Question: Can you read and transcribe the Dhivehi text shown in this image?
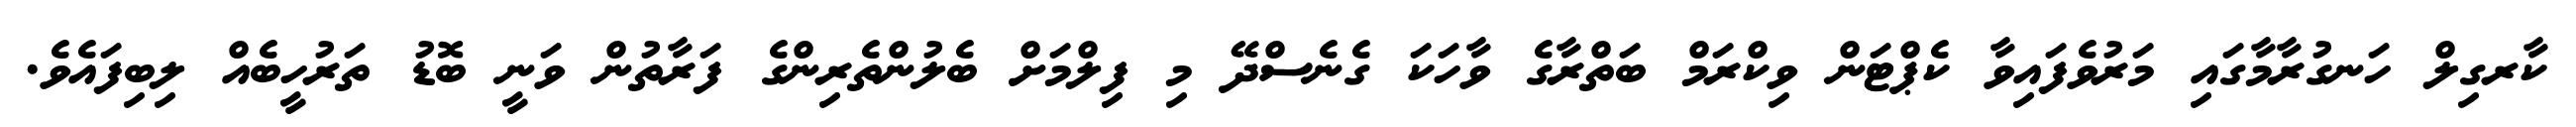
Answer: ކާރގިލް ހަނގުރާމާގައި މަރުވެފައިވާ ކެޕްޓަން ވިކްރަމް ބަތްރާގެ ވާހަކަ ގެނެސްދޭ މި ފިލްމަށް ބެލުންތެރިންގެ ފަރާތުން ވަނީ ބޮޑު ތަރުހީބެއް ލިބިފައެވެ.